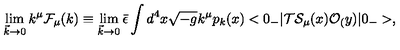
\lim _ { { \vec { k } } \rightarrow 0 } k ^ { \mu } { \cal F } _ { \mu } ( k ) \equiv \lim _ { { \vec { k } } \rightarrow 0 } { \bar { \epsilon } } \int d ^ { 4 } x \sqrt { - g } k ^ { \mu } p _ { k } ( x ) < 0 _ { - } | { \cal T } { \cal S } _ { \mu } ( x ) { \cal O } _ { ( } y ) | 0 _ { - } > ,